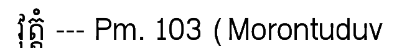
វុត្តំ --- Pm. 103 (Morontuduv